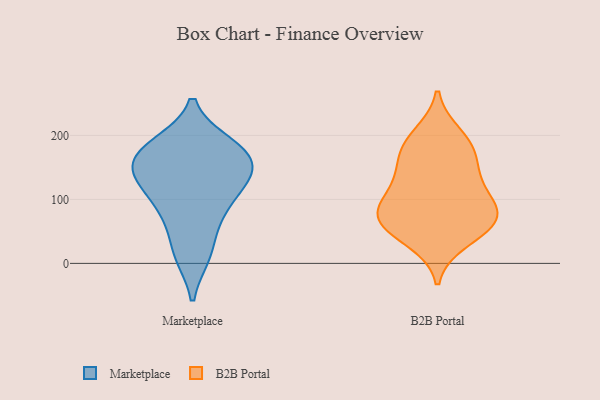
{"axis": {"x": "Headcount", "y": "Value"}, "legend": ["B2B Portal", "Marketplace"], "data": [{"x": "", "y": 95, "type": "Marketplace"}, {"x": "", "y": 133, "type": "Marketplace"}, {"x": "", "y": 124, "type": "Marketplace"}, {"x": "", "y": 167, "type": "Marketplace"}, {"x": "", "y": 63, "type": "Marketplace"}, {"x": "", "y": 184, "type": "Marketplace"}, {"x": "", "y": 186, "type": "Marketplace"}, {"x": "", "y": 140, "type": "Marketplace"}, {"x": "", "y": 14, "type": "Marketplace"}, {"x": "", "y": 13, "type": "Marketplace"}, {"x": "", "y": 160, "type": "Marketplace"}, {"x": "", "y": 157, "type": "Marketplace"}, {"x": "", "y": 125, "type": "Marketplace"}, {"x": "", "y": 182, "type": "Marketplace"}, {"x": "", "y": 79, "type": "Marketplace"}, {"x": "", "y": 83, "type": "B2B Portal"}, {"x": "", "y": 76, "type": "B2B Portal"}, {"x": "", "y": 131, "type": "B2B Portal"}, {"x": "", "y": 88, "type": "B2B Portal"}, {"x": "", "y": 73, "type": "B2B Portal"}, {"x": "", "y": 119, "type": "B2B Portal"}, {"x": "", "y": 36, "type": "B2B Portal"}, {"x": "", "y": 60, "type": "B2B Portal"}, {"x": "", "y": 183, "type": "B2B Portal"}, {"x": "", "y": 200, "type": "B2B Portal"}, {"x": "", "y": 178, "type": "B2B Portal"}, {"x": "", "y": 151, "type": "B2B Portal"}, {"x": "", "y": 55, "type": "B2B Portal"}]}